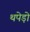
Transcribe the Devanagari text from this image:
थपेड़ो